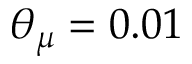
\theta _ { \mu } = 0 . 0 1